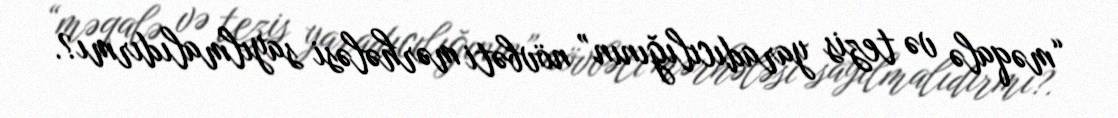
“məqalə və tezis yaradıcılığının” növbəti mərhələsi sayılmalıdırmı?.